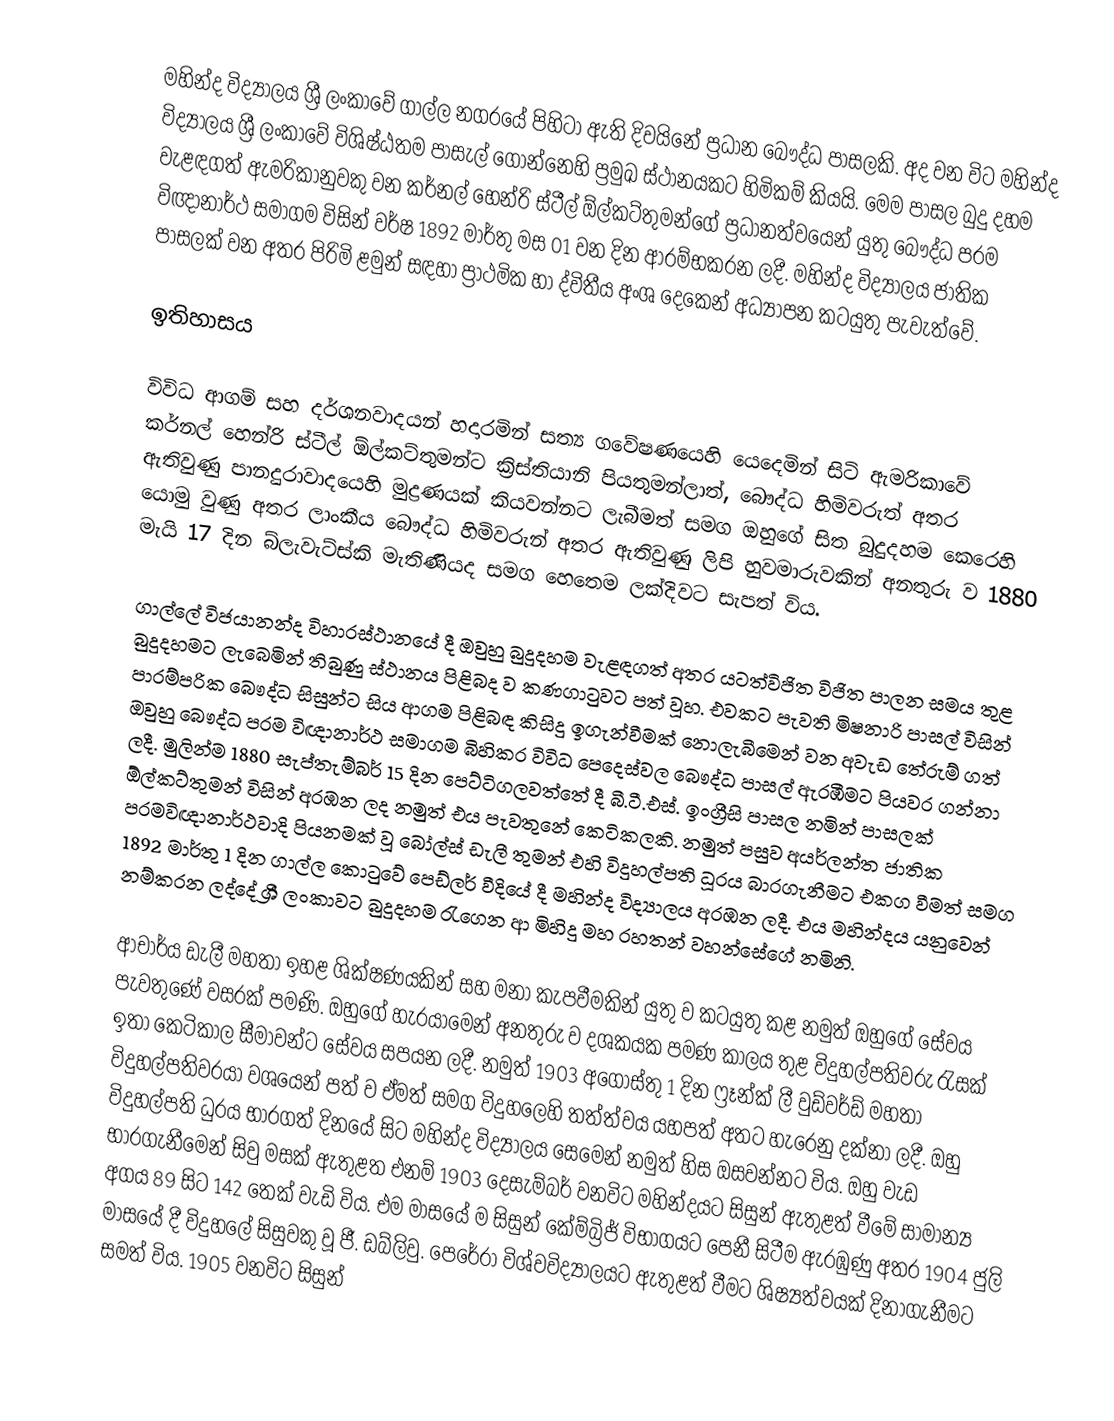
මහින්ද විද්‍යාලය ශ්‍රී ලංකාවේ ගාල්ල නගරයේ පිහිටා ඇති දිවයිනේ ප්‍රධාන බෞද්ධ පාසලකි. අද වන විට මහින්ද විද්‍යාලය ශ්‍රී ලංකාවේ විශිෂ්ඨතම පාසැල් ගොන්නෙහි ප්‍රමුඛ ස්ථානයකට හිමිකම් කියයි.  මෙම පාසල බුදු දහම වැළඳගත් ඇමරිකානු‍වකු වන කර්නල් හෙන්රි ස්ටීල් ඕල්කට්තුමන්ගේ ප්‍රධානත්වයෙන් යුතු බෞද්ධ පරම විඥානාර්ථ සමාගම විසින් වර්ෂ 1892 මාර්තු මස 01 වන දින ආරම්භකරන ලදී. මහින්ද විද්‍යාලය ජාතික පාසලක් වන අතර පිරිමි ළමුන් සඳහා ප්‍රාථමික හා ද්විතීය අංශ දෙකෙන් අධ්‍යාපන කටයුතු පැවැත්වේ.

ඉතිහාසය

විවිධ ආගම් සහ දර්ශනවාදයන් හදාරමින් සත්‍ය ගවේෂණයෙහි යෙදෙමින් සිටි ඇමරිකාවේ කර්නල් හෙන්රි ස්ටීල් ඕල්කට්තුමන්ට ක්‍රිස්තියානි පියතුමන්ලාත්, බෞද්ධ හිමිවරුත් අතර ඇතිවුණු පානදුරාවාදයෙහි මුද්‍රණයක් කියවන්නට ලැබීමත් සමග ඔහුගේ සිත බුදුදහම කෙරෙහි යොමු වුණු අතර ලාංකීය බෞද්ධ හිමිවරුන් අතර ඇතිවුණු ලිපි හුවමාරුවකින් අනතුරු ව 1880 මැයි 17 දින බ්ලැවැට්ස්කි මැතිණියද සමග හෙතෙම ලක්දිවට සැපත් විය.

ගාල්ලේ විජයානන්ද විහාරස්ථානයේ දී ඔවුහු බුදුදහම වැළඳගත් අතර යටත්විජිත විජිත පාලන සමය තුළ බුදුදහමට ලැබෙමින් තිබුණු ස්ථානය පිළිබද ව කණගාටුවට පත් වූහ. එවකට පැවති මිෂනාරි පාසල් විසින් පාරම්පරික බෞද්ධ සිසුන්ට සිය ආගම පිළිබඳ කිසිදු ඉගැන්වීමක් නොලැබීමෙන් වන අවැඩ තේරුම් ගත් ඔවුහු බෞද්ධ පරම විඥානාර්ථ සමාගම බිහිකර විවිධ පෙදෙස්වල බෞද්ධ පාසල් ඇරඹීමට පියවර ගන්නා ලදී. මුලින්ම 1880 සැප්තැම්බර් 15 දින පෙට්ටිගලවත්තේ දී බී.ටී.එස්. ඉංග්‍රීසි පාසල නමින් පාසලක් ඕල්කට්තුමන් විසින් අරඹන ලද නමුත් එය පැවතුනේ කෙටිකලකි. නමුත් පසුව අයර්ලන්ත ජාතික පරමවිඥානාර්ථවාදි පියනමක් වූ බෝල්ස් ඩැලී තුමන් එහි විදුහල්පති ධූරය බාරගැනීමට එකග වීමත් සමග 1892 මාර්තු 1 දින ගාල්ල කොටුවේ පෙඩ්ලර් වීදියේ දී මහින්ද විද්‍යාලය අරඹන ලදී. එය මහින්දය යනුවෙන් නම්කරන ලද්දේ ශ්‍රී ලංකාවට බුදුදහම රැගෙන ආ මිහිදු මහ රහතන් වහන්සේගේ නමිනි.

ආචාර්ය ඩැලී මහතා ඉහළ ශික්ෂණයකින් සහ මනා කැපවීමකින් යුතු ව කටයුතු කළ නමුත් ඔහුගේ සේවය පැවතුණේ වසරක් පමණි. ඔහුගේ හැරයාමෙන් අනතුරු ව දශකයක පමණ කාලය තුළ විදුහල්පතිවරු රැසක් ඉතා කෙටිකාල සීමාවන්ට සේවය සපයන ලදී. නමුත් 1903 අගෝස්තු 1 දින ෆ්‍රෑන්ක් ලී වුඩ්වර්ඩ් මහතා විදුහල්පතිවරයා වශයෙන් පත් ව ඒමත් සමග විදුහලෙහි තත්ත්වය යහපත් අතට හැරෙනු දක්නා ලදී. ඔහු විදුහල්පති ධුරය භාරගත් දිනයේ සිට මහින්ද විද්‍යාලය සෙමෙන් නමුත් හිස ඔසවන්නට විය.  ඔහු වැඩ භාරගැනීමෙන් සිවු මසක් ඇතුළත එනම් 1903 දෙසැම්බර් වනවිට මහින්දයට සිසුන් ඇතුළත් වීමේ සාමාන්‍ය අගය 89 සිට 142 තෙක් වැඩි විය.  එම මාසයේ ම සිසුන් කේම්බ්‍රිජ් විභාගයට පෙනී සිටීම ඇරඹුණු අතර 1904 ජුලි මාසයේ දී විදුහලේ සිසුවකු වූ ජී. ඩබ්ලිවු. පෙරේරා විශ්වවිද්‍යාලයට ඇතුළත් වීමට ශිෂ්‍යත්වයක් දිනාගැනීමට සමත් විය. 1905 වනවිට සිසුන්